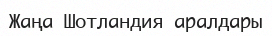
Жаңа Шотландия аралдары